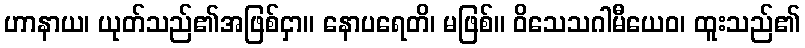
ဟာနာယ၊ ယုတ်သည်၏အဖြစ်ငှာ။ နောပရေတိ၊ မဖြစ်။ ဝိသေသဂါမီယေဝ၊ ထူးသည်၏